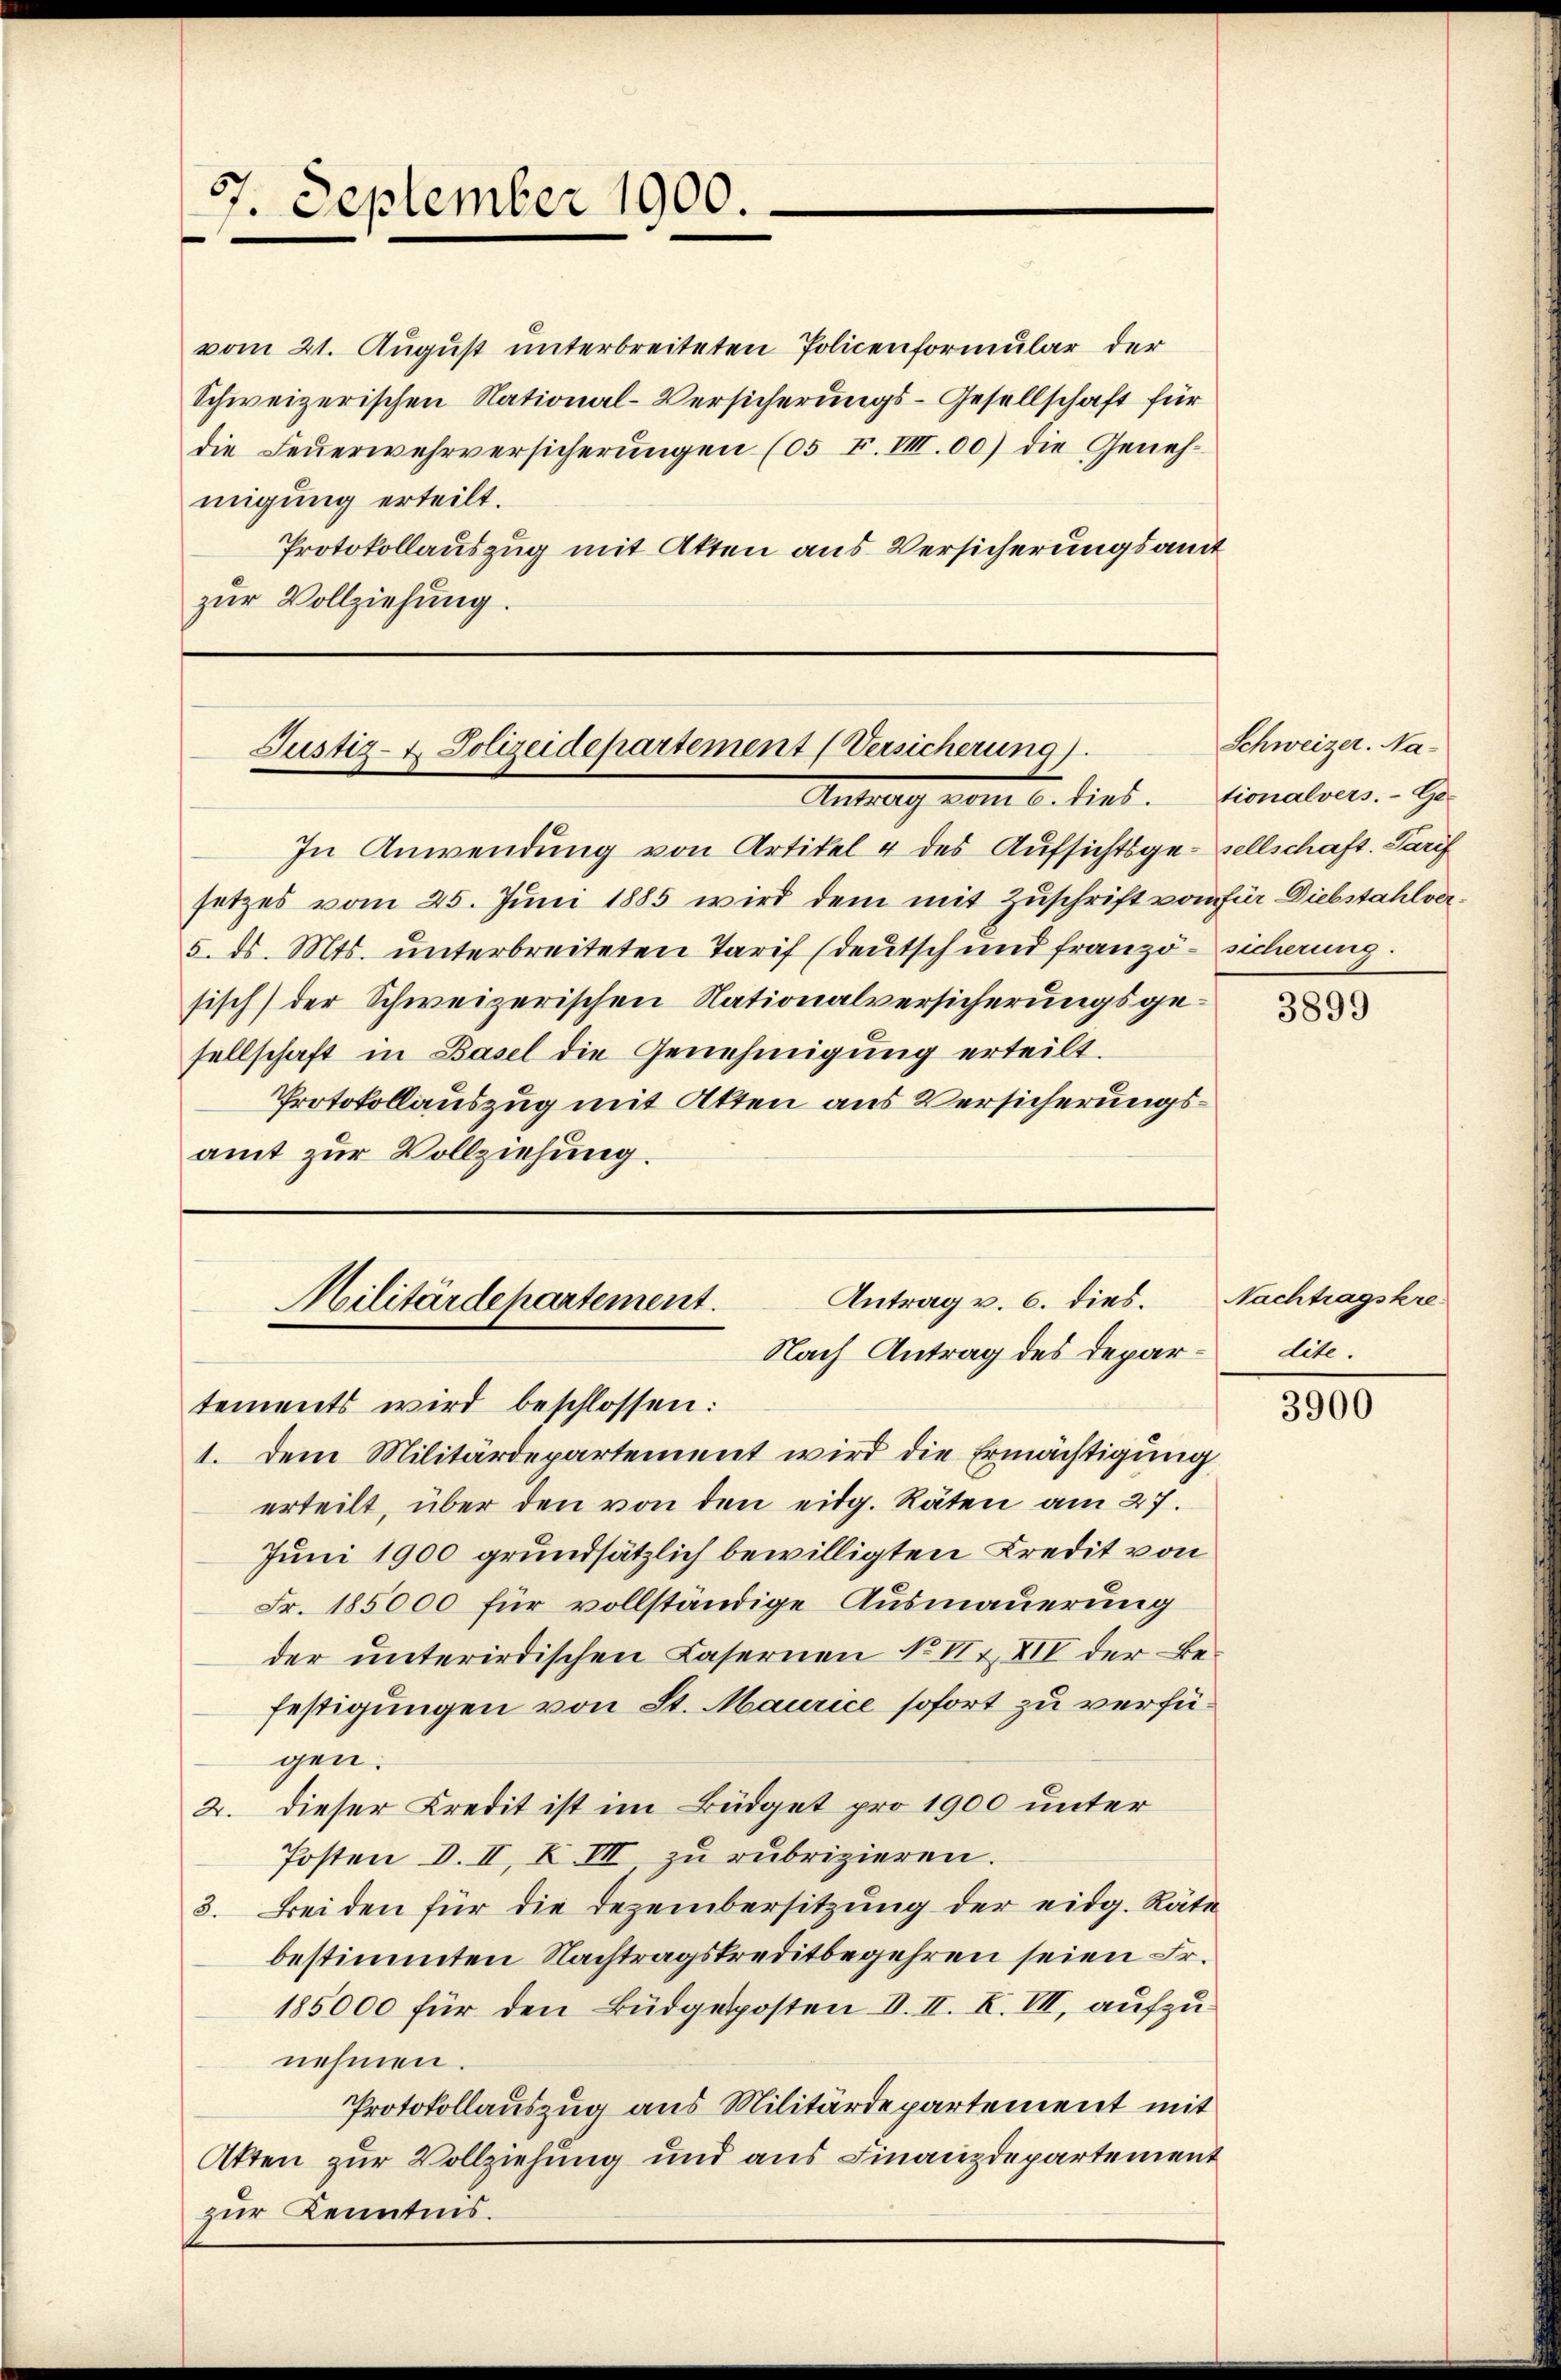
97. September 1900.

vom 21. August unterbreiteten Policenformular der
Schweizerischen National-Versicherungs-Gesellschaft für
die Feŭerwehrversicherŭngen (5 F. VIII. 00) die Geneh-
migung erteilt.
Protokollauszug mit Akten aus Versicherungsamt
zur Vollziehung.

Justiz- & Polizeidepartement (Versicherung).
Antrag von u. lieb.

In Anwendung von Artikel & des Aufsichtsgesellschaft. Parif
setzes vom 25. Juni 1885 wird dem mit Zuschrift vom für Diebstahlver¬
5. ds. Mts. unterbreiteten Tarif (deutsch und französicherung.
sisch) der Schweizerischen Nationalversicherungsgesellschaft in Basel die Genehmigung erteilt.
Protokollauszug mit Atten aus Versicherungsamt zur Vollziehung.

Antrag v. 6. dies.
Militärdepartement.
Nach Antrag des Depar¬

Schweizer. Na-
tionalvers. - Ge-

tements wird beschlossen:
1. dem Militärdepartement wird die Ermächtigung
erteilt, über den von den eidg. Räten am 27.
Juni 1900 grundsätzlich bewilligten Kredit von
Fr. 185000 für vollständige Ausmauerung
der ŭnterirdischen Casernen No II., XII der Be-
festigungen von St. Maurice sofort zu verfügen.
2. dieser Kredit ist im Büdget pro 1900 unter
Posten d. II, Z III rubrizieren.
3. Beiden für die Dezembersitzung der eidg. Räte
bestimmten Nachtragskreditbegehren seien Fr.
185000 für den Büdgetposten V. II. F. VII, aufzunehmen.
Protokollauszug aus Militärdepartement mit
Atten zur Vollziehung und aus Finanzdepartement
zur Kenntnis.

3899

Nachtragskre
dite.

3900